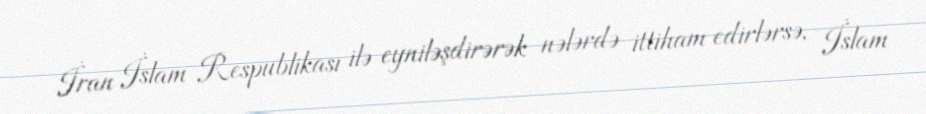
İran İslam Respublikası ilə eyniləşdirərək nələrdə ittiham edirlərsə, İslam